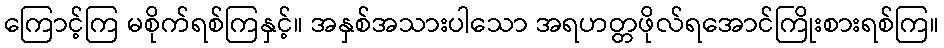
ကြောင့်ကြ မစိုက်ရစ်ကြနှင့်။ အနှစ်အသားပါသော အရဟတ္တဖိုလ်ရအောင်ကြိုးစားရစ်ကြ။